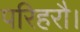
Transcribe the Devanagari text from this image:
परिहरौ।